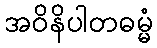
အဝိနိပါတဓမ္မံ